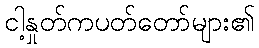
ငါ့နှုတ်ကပတ်တော်များ၏